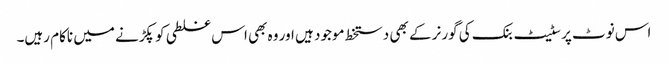
اس نوٹ پر سٹیٹ بنک کی گورنر کے بھی دستخط موجود ہیں اور وہ بھی اس غلطی کو پکڑنے میں ناکام رہیں۔